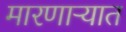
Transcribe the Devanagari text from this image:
मारणाऱ्यात